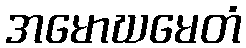
အမောဃမေတံ